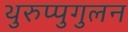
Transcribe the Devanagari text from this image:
थुरुप्पुगुलन